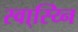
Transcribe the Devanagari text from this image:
स्वा्स्य्नि